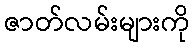
ဇာတ်လမ်းများကို